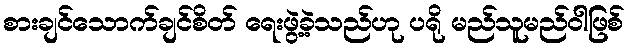
စားချင်သောက်ချင်စိတ် ရေးဖွဲ့ခဲ့သည်ဟု ပရို မည်သူမည်ဝါဖြစ်